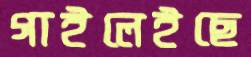
গাইলেইছে